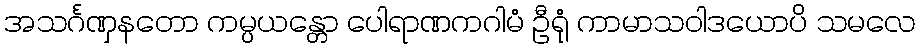
အသင်္ဂဏှနတော ကမ္ပယန္တော ပေါရာဏကဂါမံ ဦရုံ ကာမာသဝါဒယောပိ သမလေ